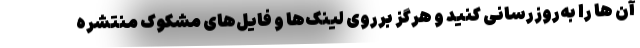
آن ها را به‌روزرسانی کنید و هرگز برروی لینک‌ها و فایل‌های مشکوک منتشره